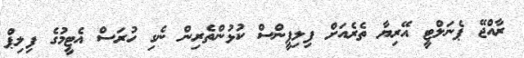
ރާއްޖޭ ޕެނަލްޓީ އޭރިޔާ ތެރެއަށް ފިލިޕީންސް ކުޅުންތެރިން ނެގި ހުރަސް އެޓީމުގެ ފިލިޕް